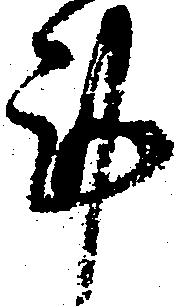
謹